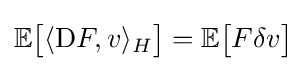
\mathbb {E} {\big [}\langle \mathrm {D} F,v\rangle _{H}{\big ]}=\mathbb {E} {\big [}F\delta v{\big ]}